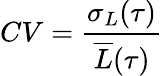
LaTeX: CV=\frac{\sigma_{L}(\tau)}{\overline{{L}}(\tau)}